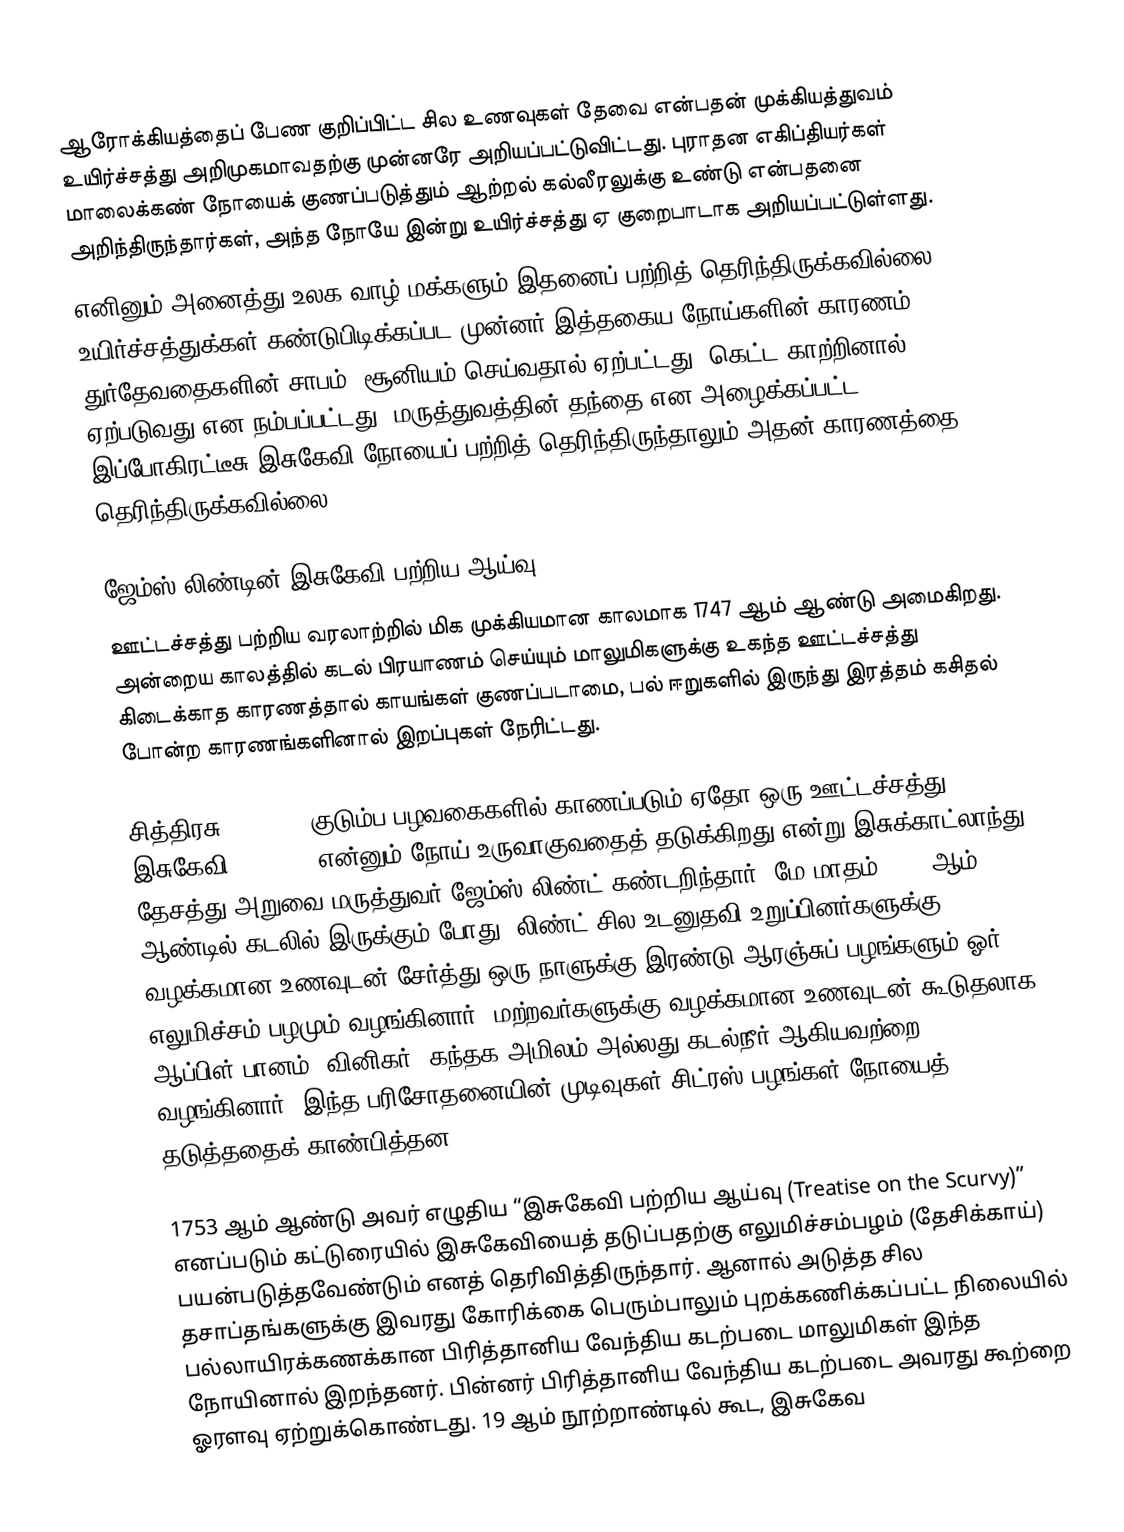
ஆரோக்கியத்தைப் பேண குறிப்பிட்ட சில உணவுகள் தேவை என்பதன் முக்கியத்துவம் உயிர்ச்சத்து அறிமுகமாவதற்கு முன்னரே அறியப்பட்டுவிட்டது. புராதன எகிப்தியர்கள் மாலைக்கண் நோயைக் குணப்படுத்தும் ஆற்றல் கல்லீரலுக்கு உண்டு என்பதனை அறிந்திருந்தார்கள், அந்த நோயே இன்று உயிர்ச்சத்து ஏ குறைபாடாக அறியப்பட்டுள்ளது.
எனினும் அனைத்து உலக வாழ் மக்களும் இதனைப் பற்றித் தெரிந்திருக்கவில்லை. உயிர்ச்சத்துக்கள் கண்டுபிடிக்கப்பட முன்னர் இத்தகைய நோய்களின் காரணம் துர்தேவதைகளின் சாபம், சூனியம் செய்வதால் ஏற்பட்டது, கெட்ட காற்றினால் ஏற்படுவது என நம்பப்பட்டது. மருத்துவத்தின் தந்தை என அழைக்கப்பட்ட இப்போகிரட்டீசு இசுகேவி நோயைப் பற்றித் தெரிந்திருந்தாலும் அதன் காரணத்தை தெரிந்திருக்கவில்லை.

ஜேம்ஸ் லிண்டின் இசுகேவி பற்றிய ஆய்வு
ஊட்டச்சத்து பற்றிய வரலாற்றில் மிக முக்கியமான காலமாக 1747 ஆம் ஆண்டு அமைகிறது. அன்றைய காலத்தில் கடல் பிரயாணம் செய்யும் மாலுமிகளுக்கு உகந்த ஊட்டச்சத்து கிடைக்காத காரணத்தால் காயங்கள் குணப்படாமை, பல் ஈறுகளில் இருந்து இரத்தம் கசிதல் போன்ற காரணங்களினால் இறப்புகள் நேரிட்டது.

சித்திரசு (Citrus) குடும்ப பழவகைகளில் காணப்படும் ஏதோ ஒரு ஊட்டச்சத்து இசுகேவி (scurvy) என்னும் நோய் உருவாகுவதைத் தடுக்கிறது என்று இசுக்காட்லாந்து தேசத்து அறுவை மருத்துவர் ஜேம்ஸ் லிண்ட் கண்டறிந்தார். மே மாதம் 1747 ஆம் ஆண்டில் கடலில் இருக்கும் போது, லிண்ட் சில உடனுதவி உறுப்பினர்களுக்கு வழக்கமான உணவுடன் சேர்த்து ஒரு நாளுக்கு இரண்டு ஆரஞ்சுப் பழங்களும் ஓர் எலுமிச்சம் பழமும் வழங்கினார். மற்றவர்களுக்கு வழக்கமான உணவுடன் கூடுதலாக ஆப்பிள் பானம், வினிகர், கந்தக அமிலம் அல்லது கடல்நீர் ஆகியவற்றை வழங்கினார். இந்த பரிசோதனையின் முடிவுகள் சிட்ரஸ் பழங்கள் நோயைத் தடுத்ததைக் காண்பித்தன.

1753 ஆம் ஆண்டு அவர் எழுதிய “இசுகேவி பற்றிய ஆய்வு (Treatise on the Scurvy)” எனப்படும் கட்டுரையில் இசுகேவியைத் தடுப்பதற்கு எலுமிச்சம்பழம் (தேசிக்காய்) பயன்படுத்தவேண்டும் எனத் தெரிவித்திருந்தார். ஆனால் அடுத்த சில தசாப்தங்களுக்கு இவரது கோரிக்கை பெரும்பாலும் புறக்கணிக்கப்பட்ட நிலையில் பல்லாயிரக்கணக்கான பிரித்தானிய வேந்திய கடற்படை மாலுமிகள் இந்த நோயினால் இறந்தனர். பின்னர் பிரித்தானிய வேந்திய கடற்படை அவரது கூற்றை ஓரளவு ஏற்றுக்கொண்டது. 19 ஆம் நூற்றாண்டில் கூட, இசுகேவ